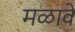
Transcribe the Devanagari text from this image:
मळावे